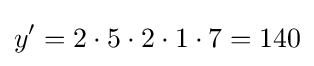
y'=2\cdot 5\cdot 2\cdot 1\cdot 7=140